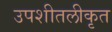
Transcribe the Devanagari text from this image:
उपशीतलीकृत